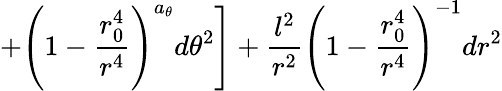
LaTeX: \left.+\left(1-\frac{r_{0}^{4}}{r^{4}}\right)^{a_{\theta}}d\theta^{2}\right]+\frac{l^{2}}{r^{2}}\left(1-\frac{r_{0}^{4}}{r^{4}}\right)^{-1}dr^{2}